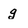
Character: g